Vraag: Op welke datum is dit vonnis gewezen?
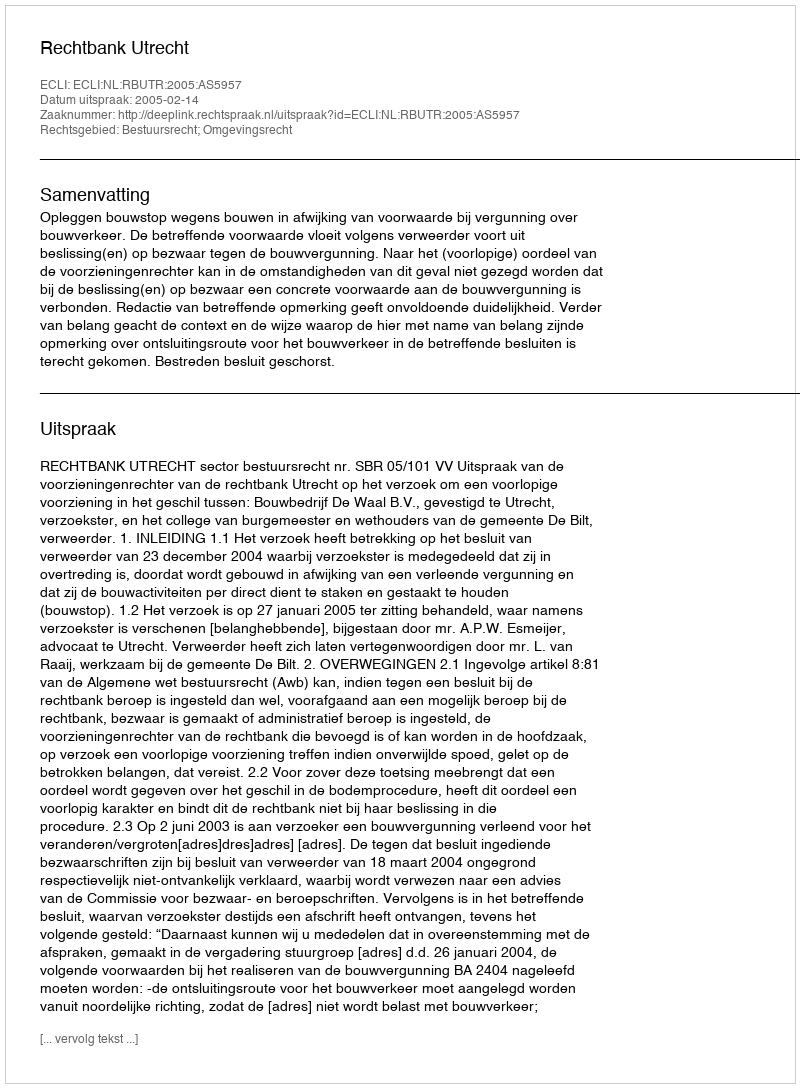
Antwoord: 2005-02-14